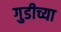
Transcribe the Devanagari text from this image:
गुडीच्या